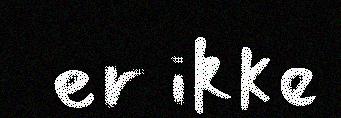
er ikke